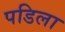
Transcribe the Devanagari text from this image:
पडिला